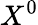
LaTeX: X^{0}